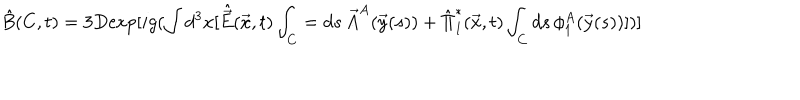
LaTeX: \hat { B } ( C , t ) = 3 D \mathrm { e x p } [ i g ( \int d ^ { 3 } x [ \hat { \vec { E } } ( \vec { x } , t ) \int _ { C } = d s \, { \vec { A } } ^ { A } ( \vec { y } ( s ) ) + { \hat { \Pi } } _ { 1 } ^ { * } ( \vec { x } , t ) \int _ { C } d s \, \phi _ { 1 } ^ { A } ( \vec { y } ( s ) ) ] ) ]